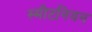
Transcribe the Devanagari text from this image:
स्मीटनियन